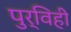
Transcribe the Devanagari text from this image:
पुर्विही